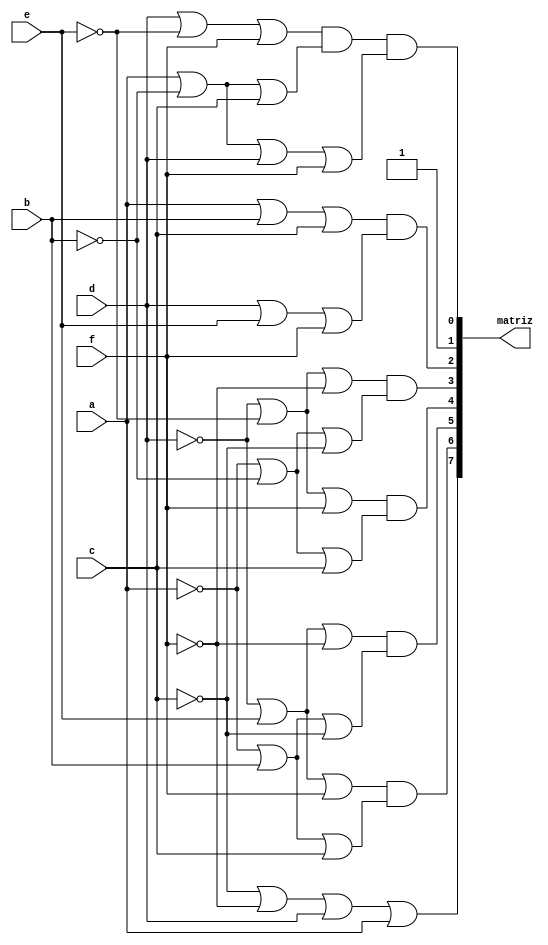
module Matriz(
	input a,b,c,d,e,f,
	output wire [7:0] matriz
);
wire [12:0] data;
not not0(a1,a);
not not1(b1,b);
not not2(c1,c);
not not3(d1,d);
not not4(e1,e);
not not5(f1,f);
//linha 1
or or0(data[0],d,e1,f);
or or1(data[1],a,b1,c);
or or2(data[2],a,b1,d,f);
and and0(matriz[0],data[0],data[1],data[2]);
//linha 2
not not6(matriz[1],1'b0);
//linha 3
or or3(data[3],a,b,c);
or or4(data[4],d,e,f);
and and1(matriz[2],data[3],data[4]);
//linha 4
or or5(data[5],d1,e1,f1);
or or6(data[6],a1,b1,c1);
and and3(matriz[3],data[5],data[6]);
//linha 5
or or7(data[7],d1,e1,f);
or or8(data[8],a1,b1,c);
and and4(matriz[4],data[7],data[8]);
//linha 6
or or9(data[9],d1,e,f1);
or or10(data[10],a1,b,c1);
and and5(matriz[5],data[9],data[10]);
//linha7
or or11(data[11],d1,e,f);
or or12(data[12],a1,b,c);
and and6(matriz[6],data[11],data[12]);
//coluna
or or13(matriz[7],c1,f1,d,a);
endmodule